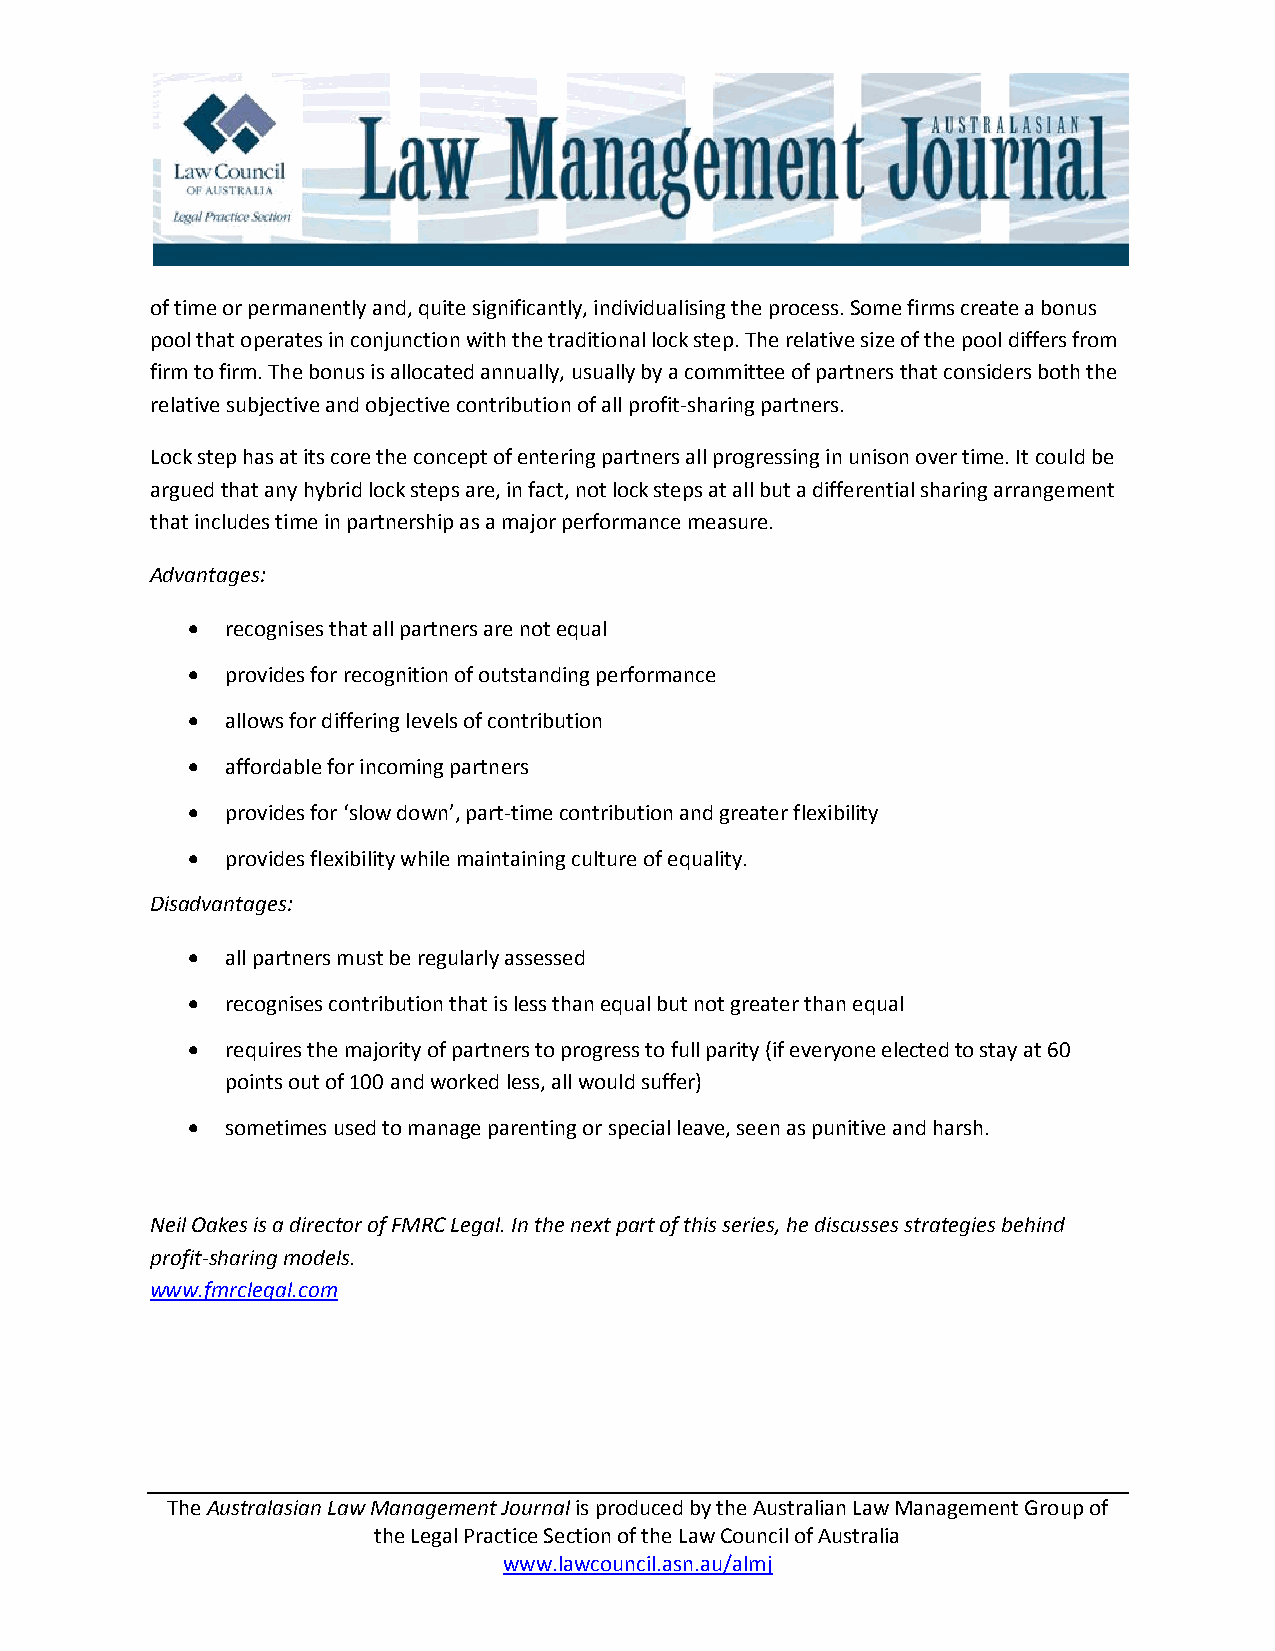
of time or permanently and, quite significantly, individualising the process. Some firms create a bonus
 pool that operates in conjunction with the traditional lock step. The relative size of the pool differs from
 firm to firm. The bonus is allocated annually, usually by a committee of partners that considers both the
 relative subjective and objective contribution of all profit-sharing partners.
 Lock step has at its core the concept of entering partners all progressing in unison over time. It could be
 argued that any hybrid lock steps are, in fact, not lock steps at all but a differential sharing arrangement
 that includes time in partnership as a major performance measure.
 Advantages:
   recognises that all partners are not equal
   provides for recognition of outstanding performance
   allows for differing levels of contribution
   affordable for incoming partners
   provides for ‘slow down’, part-time contribution and greater flexibility
   provides flexibility while maintaining culture of equality.
 Disadvantages:
   all partners must be regularly assessed
   recognises contribution that is less than equal but not greater than equal
   requires the majority of partners to progress to full parity (if everyone elected to stay at 60
 points out of 100 and worked less, all would suffer)
   sometimes used to manage parenting or special leave, seen as punitive and harsh.
 Neil Oakes is a director of FMRC Legal. In the next part of this series, he discusses strategies behind
 profit-sharing models.
 www.fmrclegal.com
 The Australasian Law Management Journal is produced by the Australian Law Management Group of
 the Legal Practice Section of the Law Council of Australia
 www.lawcouncil.asn.au/almj